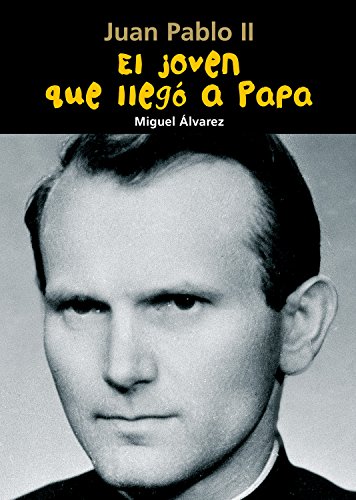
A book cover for El joven que llegÃ³ a Papa: Juan Pablo II (BiografÃ­a joven) (Spanish Edition); Miguel ÃElvarez; Teen & Young Adult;